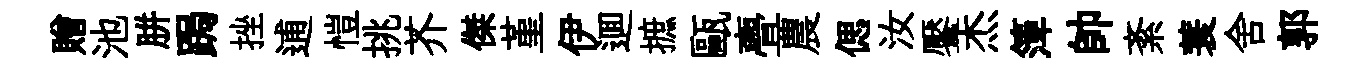
贈池胼跼挫逋愷挑芥傑堇伊逥摭甌亹農偲汝饜杰𥱼帥紊蓑舍郭